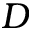
D